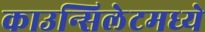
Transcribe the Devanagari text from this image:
काउन्सिलेटमध्ये